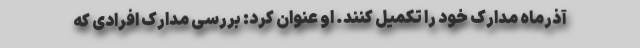
آذرماه مدارک خود را تکمیل کنند. او عنوان کرد: بررسی مدارک افرادی که